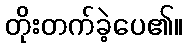
တိုးတက်ခဲ့ပေ၏။